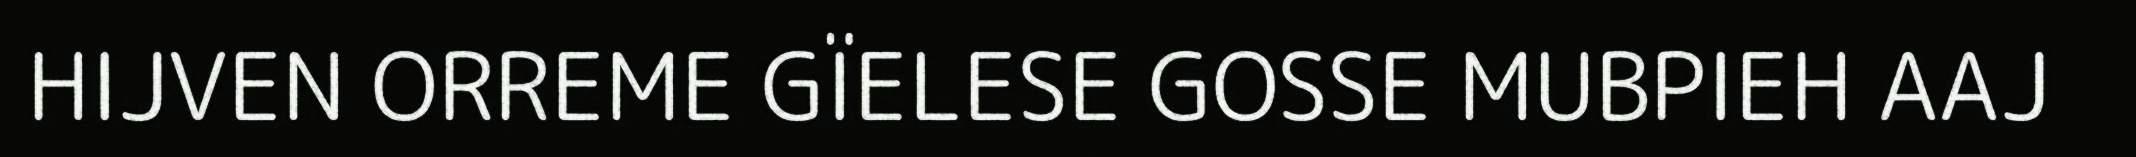
HIJVEN ORREME GÏELESE GOSSE MUBPIEH AAJ